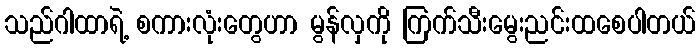
သည်ဂါထာရဲ့ စကားလုံးတွေဟာ မွန်လှကို ကြက်သီးမွေးညင်းထစေပါတယ်